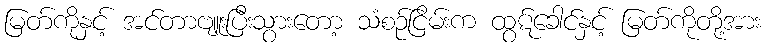
မြတ်ကိုနှင့် အင်တာဗျူးပြီးသွားတော့ သံစဉ်ငြိမ်းက ထွဋ်ခေါင်နှင့် မြတ်ကိုတို့အား